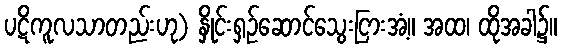
ပဋိကူလသာတည်းဟု) နှိုင်းရှဉ်ဆောင်သွေးငြားအံ့။ အထ၊ ထိုအခါ၌။